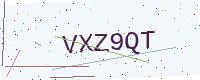
Text: VXZ9QT